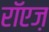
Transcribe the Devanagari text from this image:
रॉएज़